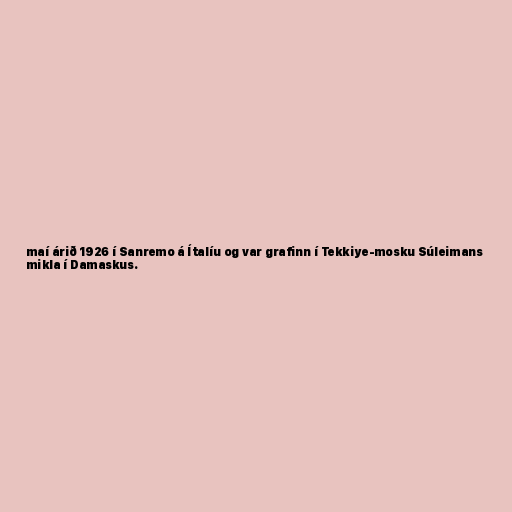
maí árið 1926 í Sanremo á Ítalíu og var grafinn í Tekkiye-mosku Súleimans
mikla í Damaskus.